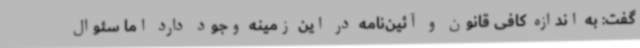
گفت: به اندازه کافی قانون و آئین‌نامه در این زمینه وجود دارد اما سئوال